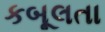
કબૂલતા